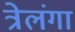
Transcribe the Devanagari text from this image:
त्रेलंगा